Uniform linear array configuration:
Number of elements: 12
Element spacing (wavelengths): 0.25
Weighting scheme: blackman
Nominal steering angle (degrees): -45
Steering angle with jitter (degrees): -43.886
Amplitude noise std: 0.05
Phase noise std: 0.05

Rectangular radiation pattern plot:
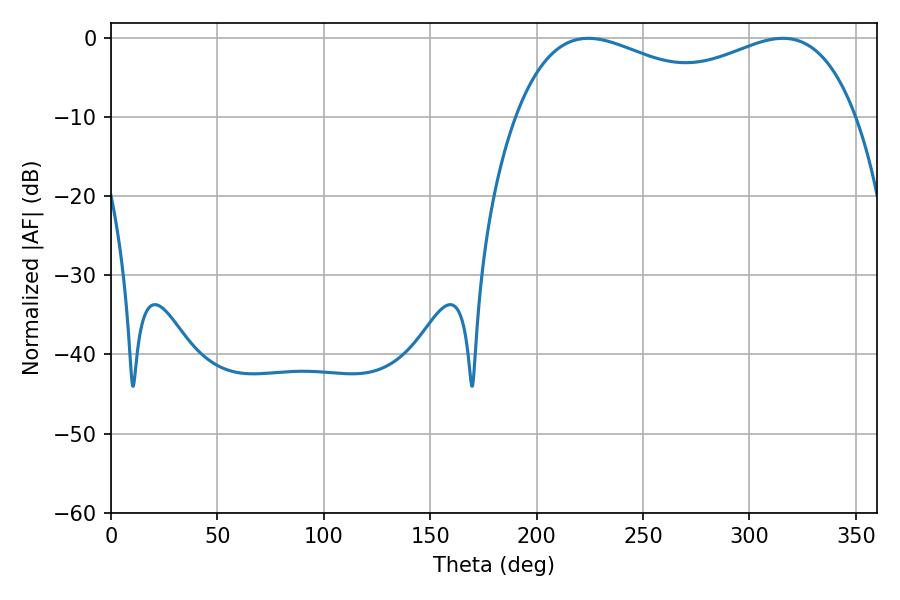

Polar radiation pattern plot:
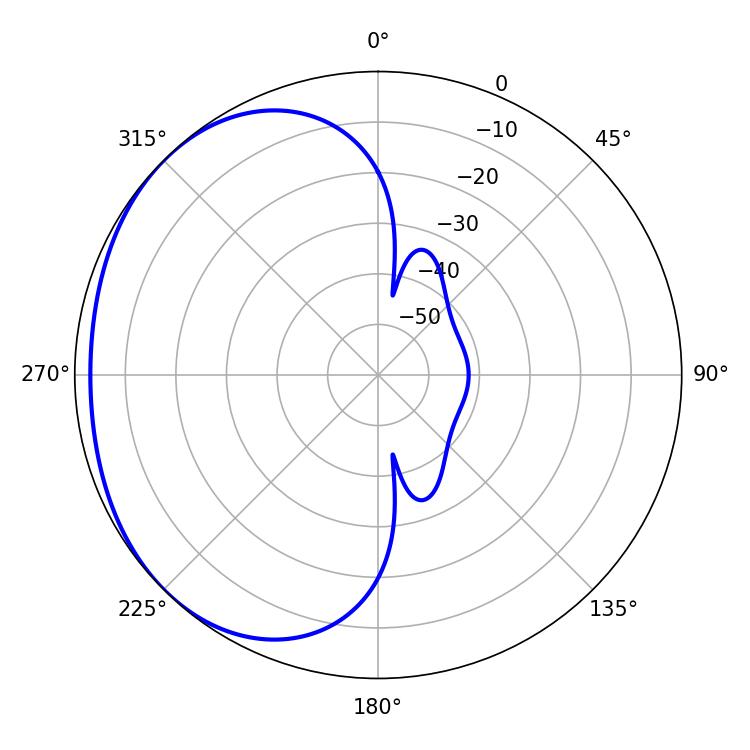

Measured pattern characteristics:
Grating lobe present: FALSE
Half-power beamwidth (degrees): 61.38
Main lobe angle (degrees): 224.28